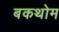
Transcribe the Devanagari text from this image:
बकथोम